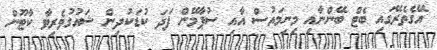
އޭގެތެރޭގައި ބެޓް ބޭންނާއި މިނިމައުސް އާއި ސުޕާމޭން ފަދަ ކުޑަކުދިން ޝައުގުވެރިވާ ކާޓޫން